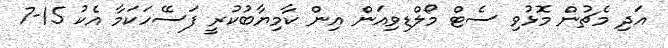
އަދި މެޗުން މޮޅުވި ސެޓް މޯލްޑިވިއަން އިން ކާމިޔާބުކުރީ ފަސޭހަކަމާ އެކު 15-7